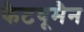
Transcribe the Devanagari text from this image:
कैटवूमैन